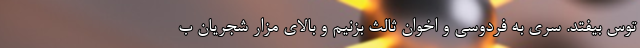
توس بیفتد. سری به فردوسی و اخوان ثالث بزنیم و بالای مزار شجریان ب